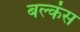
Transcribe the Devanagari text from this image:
बल्कंस